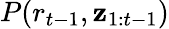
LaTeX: P(r_{t-1},\boldsymbol{\mathbf{z}}_{1:t-1})